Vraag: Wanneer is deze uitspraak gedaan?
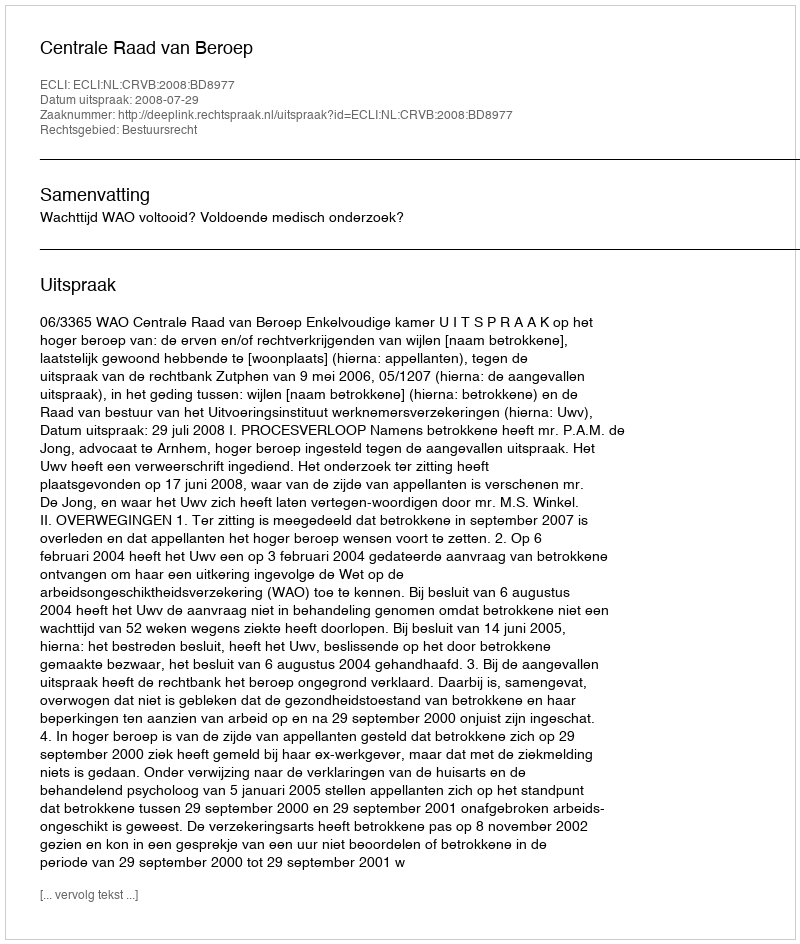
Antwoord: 2008-07-29